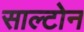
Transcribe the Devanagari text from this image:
साल्टोन